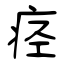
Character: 痉